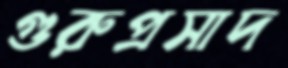
গুরুপ্রসাদ